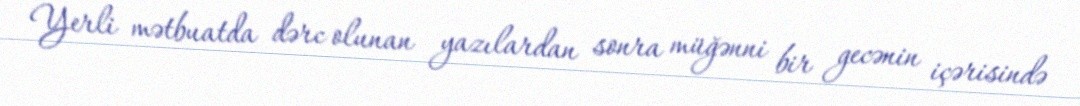
Yerli mətbuatda dərc olunan yazılardan sonra müğənni bir gecənin içərisində